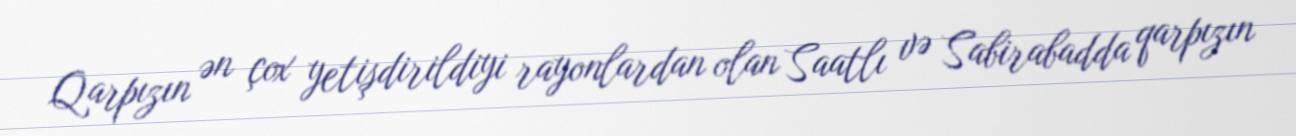
Qarpızın ən çox yetişdirildiyi rayonlardan olan Saatlı və Sabirabadda qarpızın